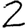
Digit: 2